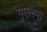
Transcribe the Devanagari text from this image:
गुएलमा